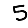
Digit: 5